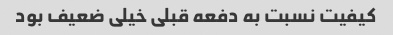
کیفیت نسبت به دفعه قبلی خیلی ضعیف بود